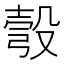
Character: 彀